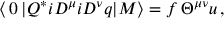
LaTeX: \langle \, 0 \, | Q ^ { * } i D ^ { \mu } i D ^ { \nu } q | M \rangle = f \, \Theta ^ { \mu \nu } u \, ,